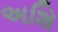
અશિ